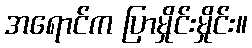
အရောင်က ပြာမှိုင်းမှိုင်း။